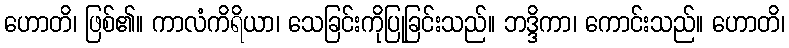
ဟောတိ၊ ဖြစ်၏။ ကာလံကိရိယာ၊ သေခြင်းကိုပြုခြင်းသည်။ ဘဒ္ဒိကာ၊ ကောင်းသည်။ ဟောတိ၊